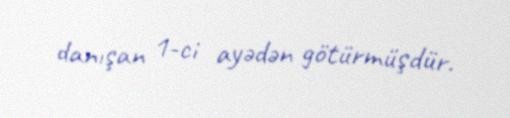
danışan 1-ci ayədən götürmüşdür.